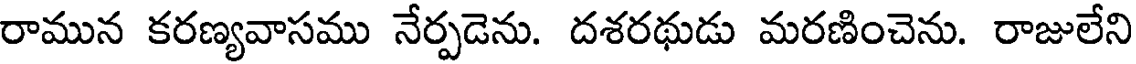
రామున కరణ్యవాసము నేర్పడెను. దశరథుడు మరణించెను. రాజులేని